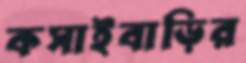
কসাইবাড়ির